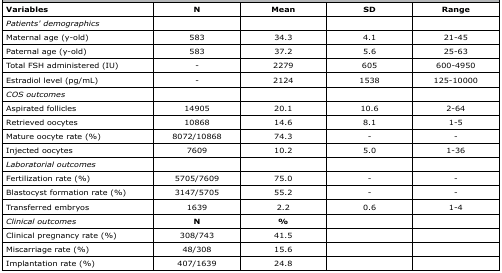
| Variables | N | Mean | SD | Range |
 | --- | --- | --- | --- | --- |
 | Patients' demographics |  |  |  |  |
 | Maternal age (y-old) | 583 | 34.3 | 4.1 | 21-45 |
 | Paternal age (y-old) | 583 | 37.2 | 5.6 | 25-63 |
 | Total FSH administered (IU) | - | 2279 | 605 | 600-4950 |
 | Estradiol level (pg/mL) | - | 2124 | 1538 | 125-10000 |
 | COS outcomes |  |  |  |  |
 | Aspirated follicles | 14905 | 20.1 | 10.6 | 2-64 |
 | Retrieved oocytes | 10868 | 14.6 | 8.1 | 1-5 |
 | Mature oocyte rate (%) | 8072/10868 | 74.3 | - | - |
 | Injected oocytes | 7609 | 10.2 | 5.0 | 1-36 |
 | Laboratorial outcomes |  |  |  |  |
 | Fertilization rate (%) | 5705/7609 | 75.0 | - | - |
 | Blastocyst formation rate (%) | 3147/5705 | 55.2 | - | - |
 | Transferred embryos | 1639 | 2.2 | 0.6 | 1-4 |
 | Clinical outcomes | N | % |  |  |
 | Clinical pregnancy rate (%) | 308/743 | 41.5 |  |  |
 | Miscarriage rate (%) | 48/308 | 15.6 |  |  |
 | Implantation rate (%) | 407/1639 | 24.8 |  |  |